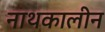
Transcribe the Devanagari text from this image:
नाथकालीन